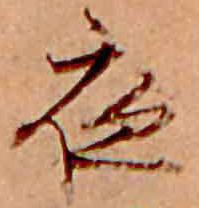
夜